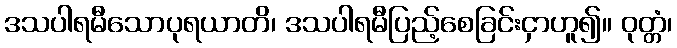
ဒသပါရမီသောပုရယာတိ၊ ဒသပါရမီပြည့်စေခြင်းငှာဟူ၍။ ဝုတ္တံ၊